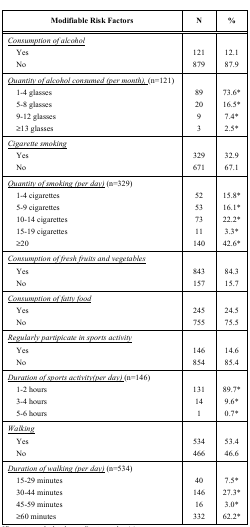
<table><thead><tr><td><b>Modifiable Risk Factors</b></td><td><b>N</b></td><td><b>%</b></td></tr></thead><tbody><tr><td><i><underline>Consumption of alcohol</underline></i>YesNo</td><td>121879</td><td>12.187.9</td></tr><tr><td><i><underline>Quantity of alcohol consumed (per month),</underline></i> (n=121)1-4 glasses5-8 glasses9-12 glasses≥13 glasses</td><td>892093</td><td>73.6*16.5*7.4*2.5*</td></tr><tr><td><i><underline>Cigarette smoking</underline></i>YesNo</td><td>329671</td><td>32.967.1</td></tr><tr><td><i><underline>Quantity of smoking (per day)</underline></i> (n=329)1-4 cigarettes5-9 cigarettes10-14 cigarettes15-19 cigarettes≥20</td><td>52537311140</td><td>15.8*16.1*22.2*3.3*42.6*</td></tr><tr><td><i><underline>Consumption of fresh fruits and vegetables</underline></i>YesNo</td><td>843157</td><td>84.315.7</td></tr><tr><td><i><underline>Consumption of fatty food</underline></i>YesNo</td><td>245755</td><td>24.575.5</td></tr><tr><td><i><underline>Regularly partipicate in sports activity</underline></i>YesNo</td><td>146854</td><td>14.685.4</td></tr><tr><td><i><underline>Duration of sports activity(per day)</underline></i> (n=146)1-2 hours3-4 hours5-6 hours</td><td>131141</td><td>89.7*9.6*0.7*</td></tr><tr><td><i><underline>Walking</underline></i>YesNo</td><td>534466</td><td>53.446.6</td></tr><tr><td><i><underline>Duration of walking (per day)</underline></i> (n=534)15-29 minutes30-44 minutes45-59 minutes≥60 minutes</td><td>4014616332</td><td>7.5*27.3*3.0*62.2*</td></tr></tbody></table>